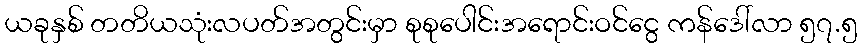
ယခုနှစ် တတိယသုံးလပတ်အတွင်းမှာ စုစုပေါင်းအရောင်းဝင်ငွေ ကန်ဒေါ်လာ ၅၇.၅